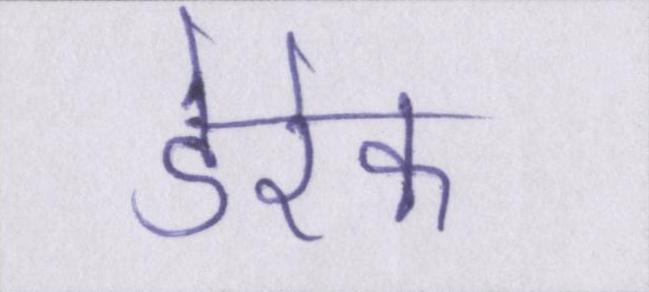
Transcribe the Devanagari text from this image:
डेरेक